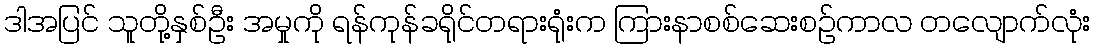
ဒါအပြင် သူတို့နှစ်ဦး အမှုကို ရန်ကုန်ခရိုင်တရားရုံးက ကြားနာစစ်ဆေးစဉ်ကာလ တလျောက်လုံး